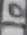
Text: 10